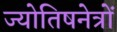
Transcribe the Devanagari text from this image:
ज्योतिषनेत्रों